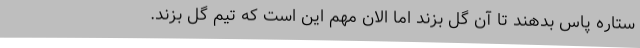
ستاره پاس بدهند تا آن گُل بزند اما الان مهم این است که تیم گل بزند.